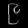
Digit: ၉